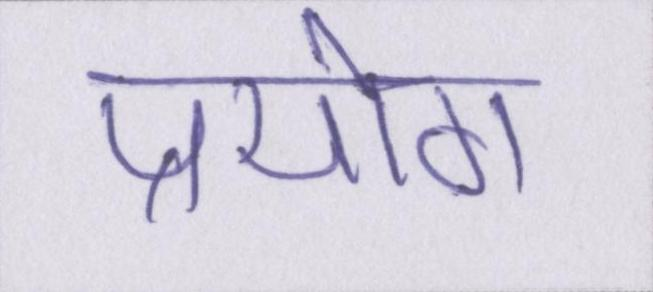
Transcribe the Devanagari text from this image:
प्रयोग